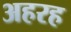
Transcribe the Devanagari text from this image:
अहरह